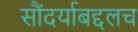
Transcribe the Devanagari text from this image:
सौंदर्याबद्दलच